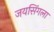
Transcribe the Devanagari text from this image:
जयसिंगला